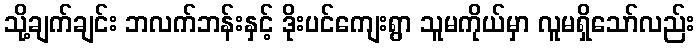
သို့ချက်ချင်း ဘလက်ဘန်းနှင့် ဒိုးပင်ကျေးရွာ သူမကိုယ်မှာ လူမရှိသော်လည်း